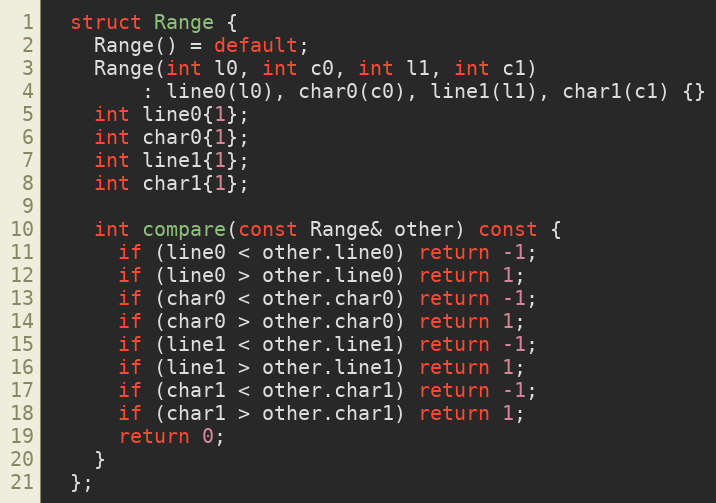
Language: C
  struct Range {
    Range() = default;
    Range(int l0, int c0, int l1, int c1)
        : line0(l0), char0(c0), line1(l1), char1(c1) {}
    int line0{1};
    int char0{1};
    int line1{1};
    int char1{1};

    int compare(const Range& other) const {
      if (line0 < other.line0) return -1;
      if (line0 > other.line0) return 1;
      if (char0 < other.char0) return -1;
      if (char0 > other.char0) return 1;
      if (line1 < other.line1) return -1;
      if (line1 > other.line1) return 1;
      if (char1 < other.char1) return -1;
      if (char1 > other.char1) return 1;
      return 0;
    }
  };